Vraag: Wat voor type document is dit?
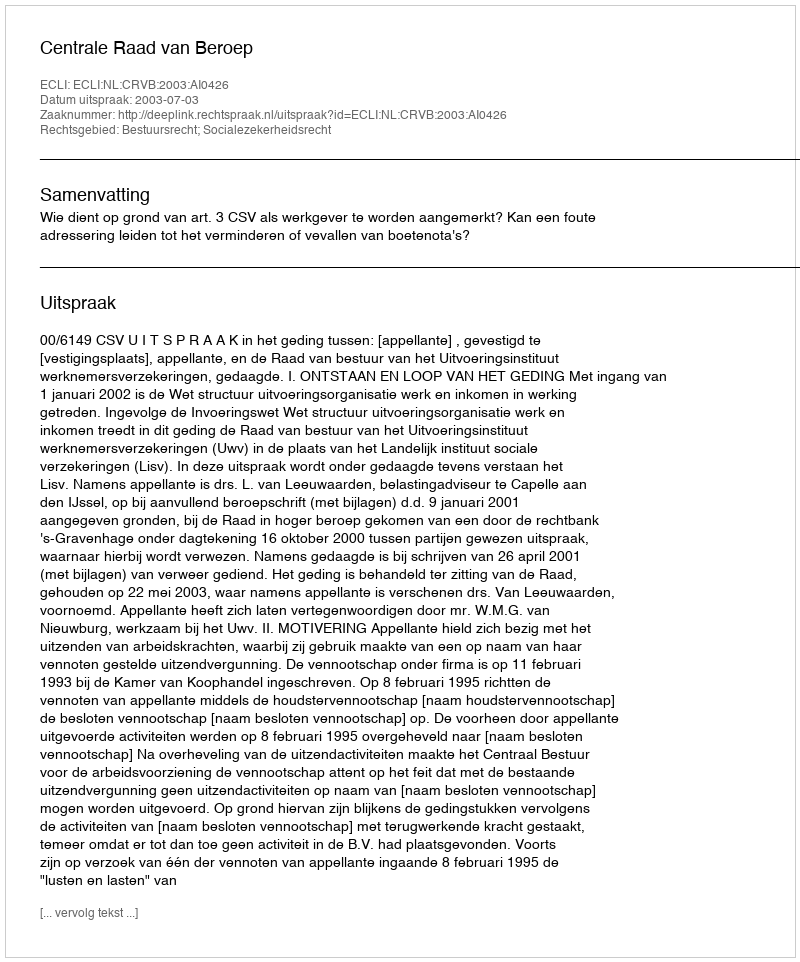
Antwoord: Uitspraak